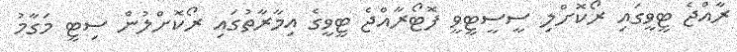
ރާއްޖެ ޓީވީގައި ރޯކޮށްލި ސީސީޓީވީ ފޮޓޯރާއްޖެ ޓީވީގެ އިމާރާތުގައި ރޯކޮށްލުން ސިޓީ މަގާމު